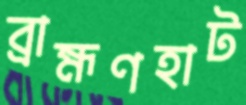
ব্রাহ্মণহাট